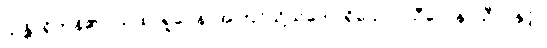
သန္တိ၊ ရှိကုန်၏။ ယထာရူပေန၊ အကြင်သို့သဘောရှိသော။ သီလေန၊ သီလနှင့်။